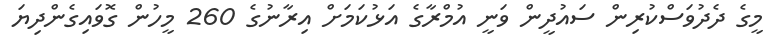
މީގެ ދެދުވަސްކުރިން ސައުދީން ވަނީ އުމްރާގެ އަޅުކަމަށް އިރާނުގެ 260 މީހުން ގޮވައިގެންދިޔަ